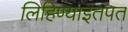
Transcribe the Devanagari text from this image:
लिहिण्याइतपत